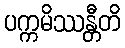
ပက္ကမိဿန္တီတိ